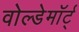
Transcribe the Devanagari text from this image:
वोल्डेमॉर्ट्